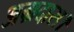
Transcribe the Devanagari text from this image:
अग्रदास।